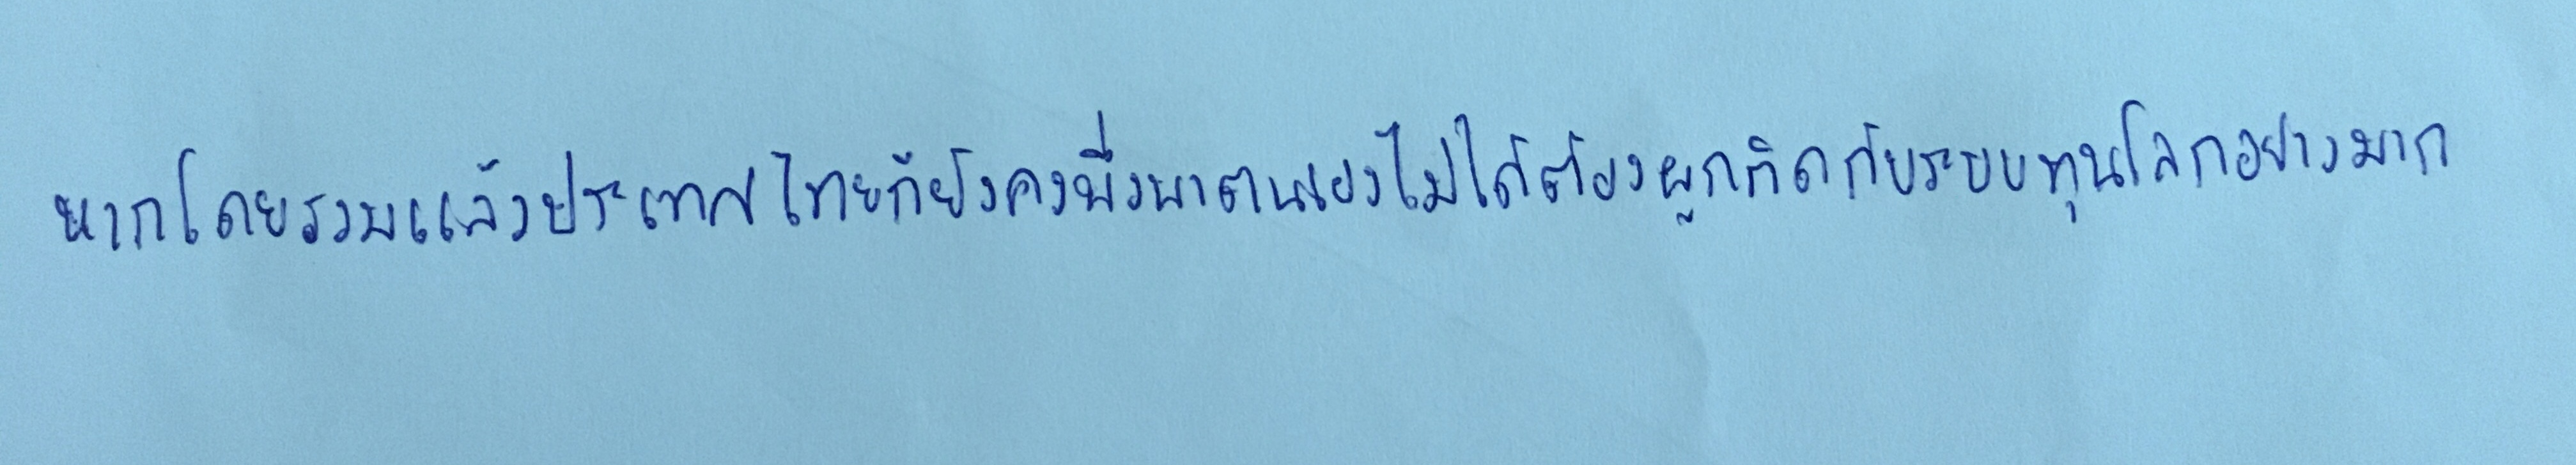
หากโดยรวมแล้วประเทศไทยก็ยังคงพึ่งพาตนเองไม่ได้ต้องผูกติดกับระบบทุนโลกอย่างมาก